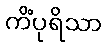
ကိံပုရိသာ